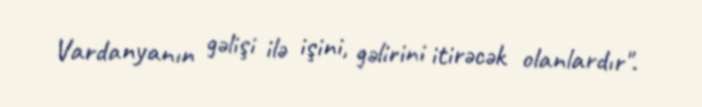
Vardanyanın gəlişi ilə işini, gəlirini itirəcək olanlardır".